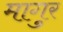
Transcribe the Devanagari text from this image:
मागुर